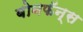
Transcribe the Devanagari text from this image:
बोनफॅन्स